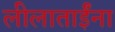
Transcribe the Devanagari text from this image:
लीलाताईंना